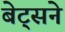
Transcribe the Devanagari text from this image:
बेट्सने